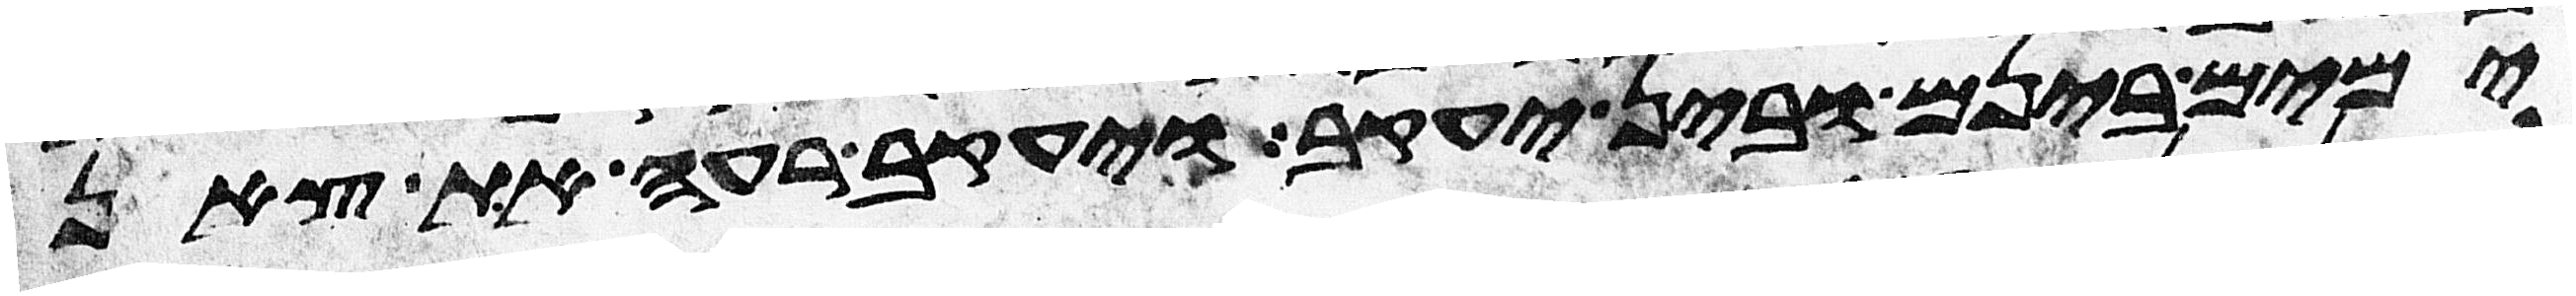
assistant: ימים בינם ובין יעקב ויעקב רעה את צאן